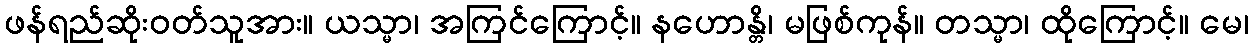
ဖန်ရည်ဆိုးဝတ်သူအား။ ယသ္မာ၊ အကြင်ကြောင့်။ နဟောန္တိ၊ မဖြစ်ကုန်။ တသ္မာ၊ ထိုကြောင့်။ မေ၊